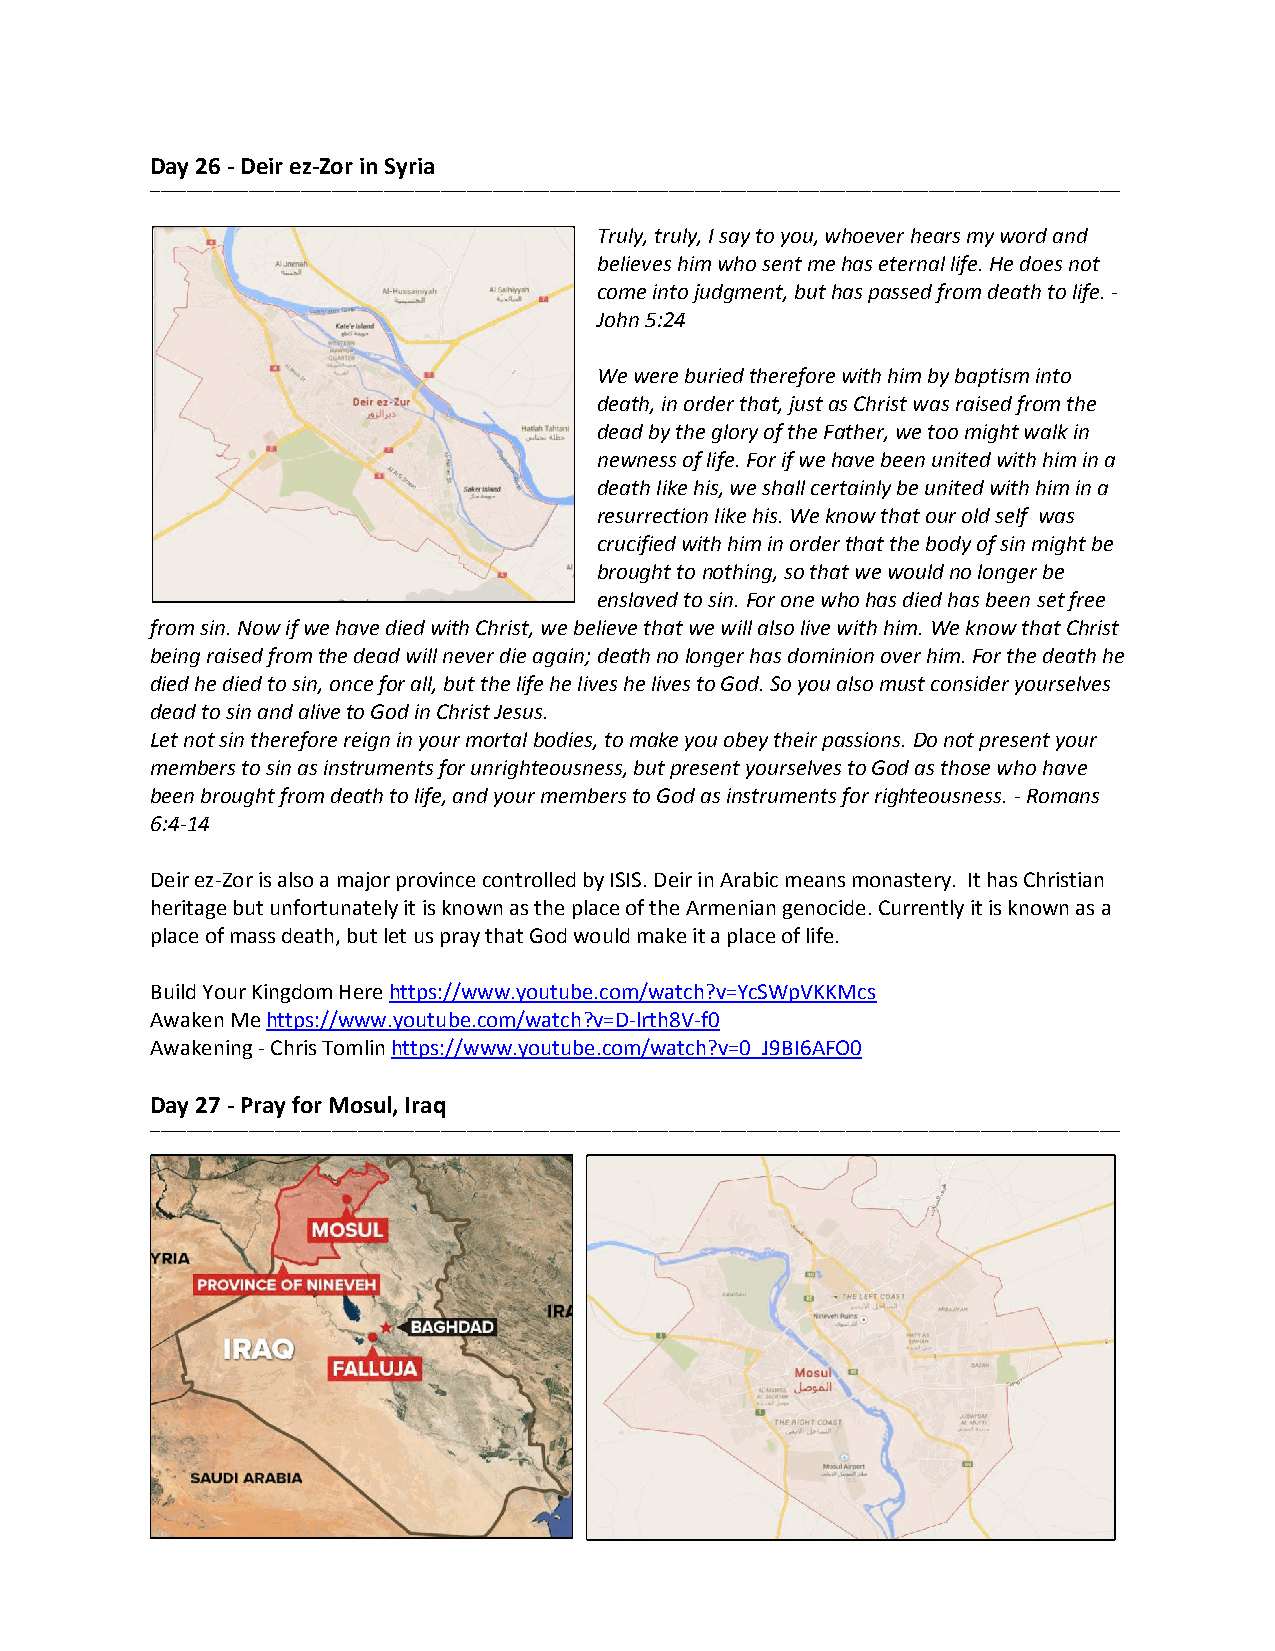
Day 26 - Deir ez-Zor in Syria
 ___________________________________________________________________________________________________________________________________________________________________________________________
 Truly, truly, I say to you, whoever hears my word and
 believes him who sent me has eternal life. He does not
 come into judgment, but has passed from death to life. -
 John 5:24
 We were buried therefore with him by baptism into
 death, in order that, just as Christ was raised from the
 dead by the glory of the Father, we too might walk in
 newness of life. For if we have been united with him in a
 death like his, we shall certainly be united with him in a
 resurrection like his. We know that our old self was
 crucified with him in order that the body of sin might be
 brought to nothing, so that we would no longer be
 enslaved to sin. For one who has died has been set free
 from sin. Now if we have died with Christ, we believe that we will also live with him. We know that Christ
 being raised from the dead will never die again; death no longer has dominion over him. For the death he
 died he died to sin, once for all, but the life he lives he lives to God. So you also must consider yourselves
 dead to sin and alive to God in Christ Jesus.
 Let not sin therefore reign in your mortal bodies, to make you obey their passions. Do not present your
 members to sin as instruments for unrighteousness, but present yourselves to God as those who have
 been brought from death to life, and your members to God as instruments for righteousness. - Romans
 6:4-14
 Deir ez-Zor is also a major province controlled by ISIS. Deir in Arabic means monastery. It has Christian
 heritage but unfortunately it is known as the place of the Armenian genocide. Currently it is known as a
 place of mass death, but let us pray that God would make it a place of life.
 Build Your Kingdom Here https://www.youtube.com/watch?v=YcSWpVKKMcs
 Awaken Me https://www.youtube.com/watch?v=D-lrth8V-f0
 Awakening - Chris Tomlin https://www.youtube.com/watch?v=0_J9BI6AFO0
 Day 27 - Pray for Mosul, Iraq
 ___________________________________________________________________________________________________________________________________________________________________________________________